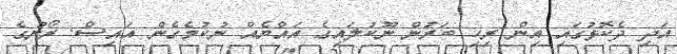
އަދި ދެކޮޅުގައި އިން ރިހި ބަރުން ނޫކުލައިގެ އައްޔެއް ނުކުމެގެން އައިސް